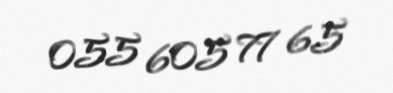
055 605 77 65